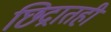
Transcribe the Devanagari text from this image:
छिद्रातही